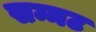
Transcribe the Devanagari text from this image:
सम्मट